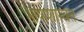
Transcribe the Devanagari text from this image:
भाषाशास्त्रत